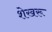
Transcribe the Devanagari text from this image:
शेखरू